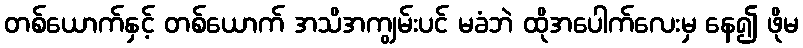
တစ်ယောက်နှင့် တစ်ယောက် အသိအကျွမ်းပင် မခံဘဲ ထိုအပေါက်လေးမှ နေ၍ ဖိုမ